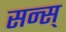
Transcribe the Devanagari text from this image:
सन्स्